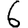
Digit: 6